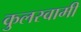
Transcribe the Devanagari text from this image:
कुुलस्वामी